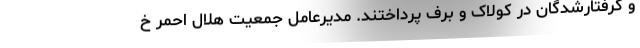
و گرفتارشدگان در کولاک و برف پرداختند. مدیرعامل جمعیت هلال احمر خ